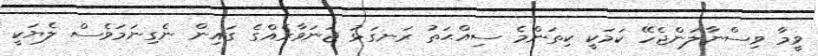
ވީމާ ވިސްނާލަންޖެހޭ ކަމަކީ ކިތަންމެ ސިއްޙަތު ރަނގަޅު ޖަނަވާރެއްގެ ގައިން ނެގިނަމަވެސް ލެޔަކީ